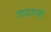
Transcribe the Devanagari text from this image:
गणगस